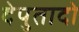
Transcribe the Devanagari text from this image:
देपुतादो